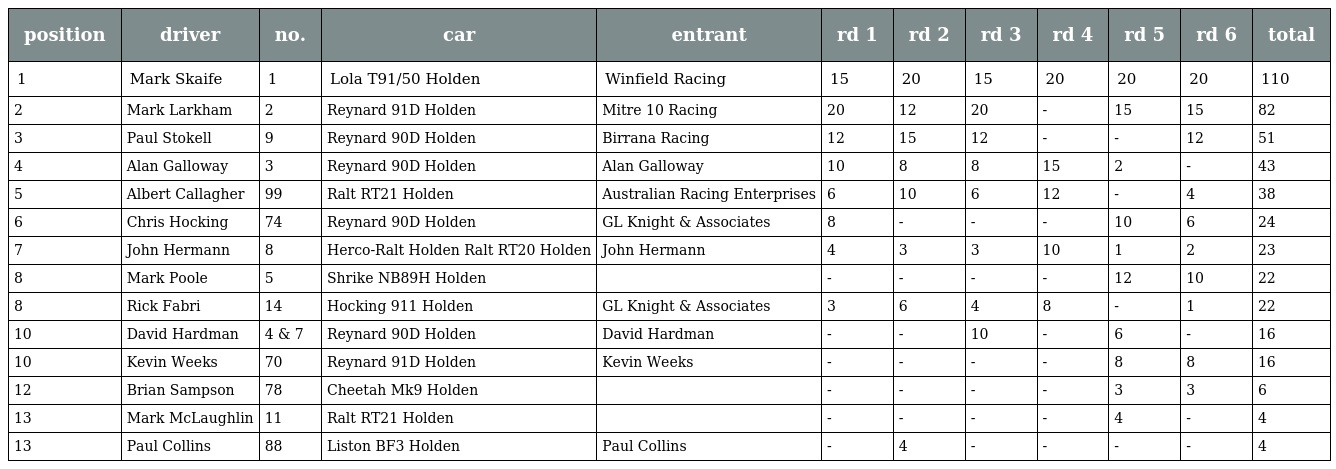
| position | driver | no. | car | entrant | rd 1 | rd 2 | rd 3 | rd 4 | rd 5 | rd 6 | total |
 | --- | --- | --- | --- | --- | --- | --- | --- | --- | --- | --- | --- |
 | 1 | Mark Skaife | 1 | Lola T91/50 Holden | Winfield Racing | 15 | 20 | 15 | 20 | 20 | 20 | 110 |
 | 2 | Mark Larkham | 2 | Reynard 91D Holden | Mitre 10 Racing | 20 | 12 | 20 | - | 15 | 15 | 82 |
 | 3 | Paul Stokell | 9 | Reynard 90D Holden | Birrana Racing | 12 | 15 | 12 | - | - | 12 | 51 |
 | 4 | Alan Galloway | 3 | Reynard 90D Holden | Alan Galloway | 10 | 8 | 8 | 15 | 2 | - | 43 |
 | 5 | Albert Callagher | 99 | Ralt RT21 Holden | Australian Racing Enterprises | 6 | 10 | 6 | 12 | - | 4 | 38 |
 | 6 | Chris Hocking | 74 | Reynard 90D Holden | GL Knight & Associates | 8 | - | - | - | 10 | 6 | 24 |
 | 7 | John Hermann | 8 | Herco-Ralt Holden Ralt RT20 Holden | John Hermann | 4 | 3 | 3 | 10 | 1 | 2 | 23 |
 | 8 | Mark Poole | 5 | Shrike NB89H Holden |  | - | - | - | - | 12 | 10 | 22 |
 | 8 | Rick Fabri | 14 | Hocking 911 Holden | GL Knight & Associates | 3 | 6 | 4 | 8 | - | 1 | 22 |
 | 10 | David Hardman | 4 & 7 | Reynard 90D Holden | David Hardman | - | - | 10 | - | 6 | - | 16 |
 | 10 | Kevin Weeks | 70 | Reynard 91D Holden | Kevin Weeks | - | - | - | - | 8 | 8 | 16 |
 | 12 | Brian Sampson | 78 | Cheetah Mk9 Holden |  | - | - | - | - | 3 | 3 | 6 |
 | 13 | Mark McLaughlin | 11 | Ralt RT21 Holden |  | - | - | - | - | 4 | - | 4 |
 | 13 | Paul Collins | 88 | Liston BF3 Holden | Paul Collins | - | 4 | - | - | - | - | 4 |